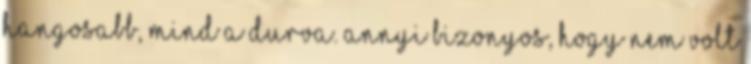
hangosabb, mind a durva. Annyi bizonyos, hogy nem volt